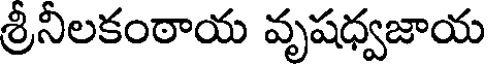
శ్రీనిలకంఠాయ వృషధ్వజాయ